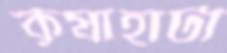
কূষাহাটা